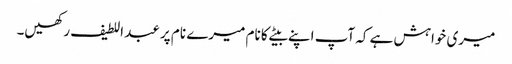
میری خواہش ہے کہ آپ اپنے بیٹے کا نام میرے نام پر عبد اللطیف رکھیں۔